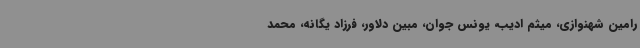
رامین شهنوازی، میثم ادیب، یونس جوان، مبین دلاور، فرزاد یگانه، محمد